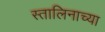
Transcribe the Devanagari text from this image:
स्तालिनाच्या